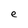
Character: e